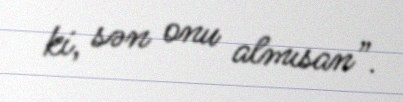
ki, sən onu almısan”.